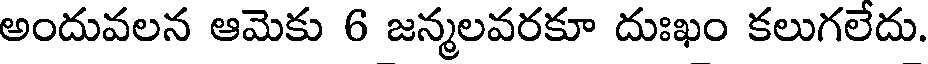
అందువలన ఆమెకు 6 జన్మలవరకూ దుఃఖం కలుగలేదు.